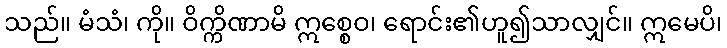
သည်။ မံသံ၊ ကို။ ဝိက္ကိဏာမိ ဣစ္စေဝ၊ ရောင်း၏ဟူ၍သာလျှင်။ ဣမေပိ၊